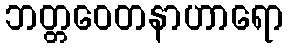
ဘတ္တဝေတနာဟာရော